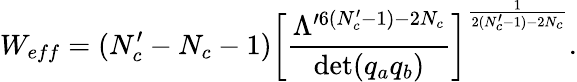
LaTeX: W_{eff}=(N_{c}^{\prime}-N_{c}-1)\left[\frac{\Lambda^{\prime 6(N_{c}^{\prime}-1)-2N_{c}}}{\operatorname*{det}(q_{a}q_{b})}\right]^{\frac{1}{2(N_{c}^{\prime}-1)-2N_{c}}}.